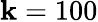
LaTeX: \mathbf{k}=100